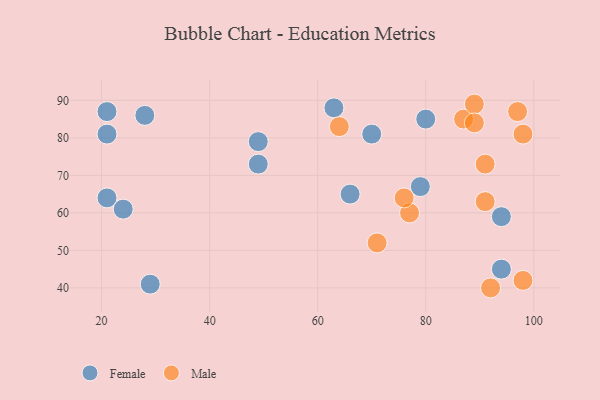
{"axis": {"x": "GDP", "y": "Life Expectancy"}, "legend": ["Female", "Male"], "data": [{"x": "79", "y": 67, "type": "Female"}, {"x": "66", "y": 65, "type": "Female"}, {"x": "94", "y": 59, "type": "Female"}, {"x": "29", "y": 41, "type": "Female"}, {"x": "21", "y": 81, "type": "Female"}, {"x": "21", "y": 64, "type": "Female"}, {"x": "28", "y": 86, "type": "Female"}, {"x": "24", "y": 61, "type": "Female"}, {"x": "94", "y": 45, "type": "Female"}, {"x": "63", "y": 88, "type": "Female"}, {"x": "21", "y": 87, "type": "Female"}, {"x": "49", "y": 79, "type": "Female"}, {"x": "49", "y": 73, "type": "Female"}, {"x": "80", "y": 85, "type": "Female"}, {"x": "70", "y": 81, "type": "Female"}, {"x": "64", "y": 83, "type": "Male"}, {"x": "71", "y": 52, "type": "Male"}, {"x": "91", "y": 73, "type": "Male"}, {"x": "87", "y": 85, "type": "Male"}, {"x": "92", "y": 40, "type": "Male"}, {"x": "89", "y": 89, "type": "Male"}, {"x": "77", "y": 60, "type": "Male"}, {"x": "89", "y": 84, "type": "Male"}, {"x": "91", "y": 63, "type": "Male"}, {"x": "98", "y": 42, "type": "Male"}, {"x": "76", "y": 64, "type": "Male"}, {"x": "97", "y": 87, "type": "Male"}, {"x": "98", "y": 81, "type": "Male"}]}